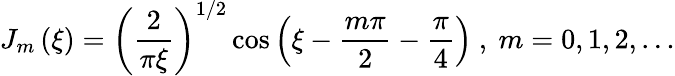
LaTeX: J_{m}\left(\xi\right)=\left(\frac{2}{\pi\xi}\right)^{1/2}\cos{\left(\xi-\frac{m\pi}{2}-\frac{\pi}{4}\right)}\mathrm{~,~}m=0,1,2,\dots